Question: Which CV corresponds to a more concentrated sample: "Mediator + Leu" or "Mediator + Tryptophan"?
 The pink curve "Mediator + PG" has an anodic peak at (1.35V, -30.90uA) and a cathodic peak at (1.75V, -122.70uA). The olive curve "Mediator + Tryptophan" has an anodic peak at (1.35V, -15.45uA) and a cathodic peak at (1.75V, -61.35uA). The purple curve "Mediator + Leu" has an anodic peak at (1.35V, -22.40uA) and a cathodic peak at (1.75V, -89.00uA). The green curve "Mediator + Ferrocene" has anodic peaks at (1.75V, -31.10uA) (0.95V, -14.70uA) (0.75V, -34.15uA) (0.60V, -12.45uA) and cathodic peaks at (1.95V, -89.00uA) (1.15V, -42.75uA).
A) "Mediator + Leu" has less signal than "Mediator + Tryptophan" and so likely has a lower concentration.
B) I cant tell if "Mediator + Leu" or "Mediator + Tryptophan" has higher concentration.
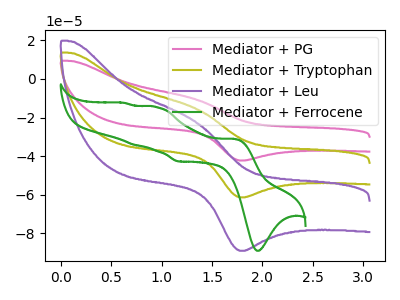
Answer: <think>All the peaks in "Mediator + Leu" have a peak in "Mediator + Tryptophan" at the same potential.
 </think>
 <answer>B) I cant tell if "Mediator + Leu" or "Mediator + Tryptophan" has higher concentration.</answer>
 <eval>B</eval>